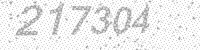
Solution: 217304